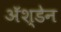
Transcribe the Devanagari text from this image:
ॲश्डेन